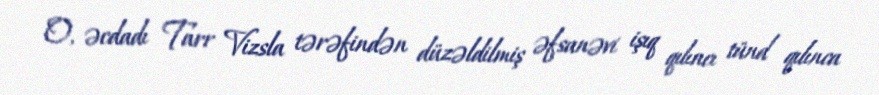
O, əcdadı Tarr Vizsla tərəfindən düzəldilmiş əfsanəvi işıq qılıncı tünd qılınca